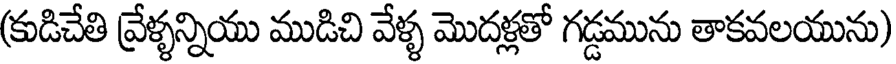
(కుడిచేతి వ్రేళ్ళన్నియు ముడిచి వేళ్ళ మొదళ్లతో గడ్డమును తాకవలయును)